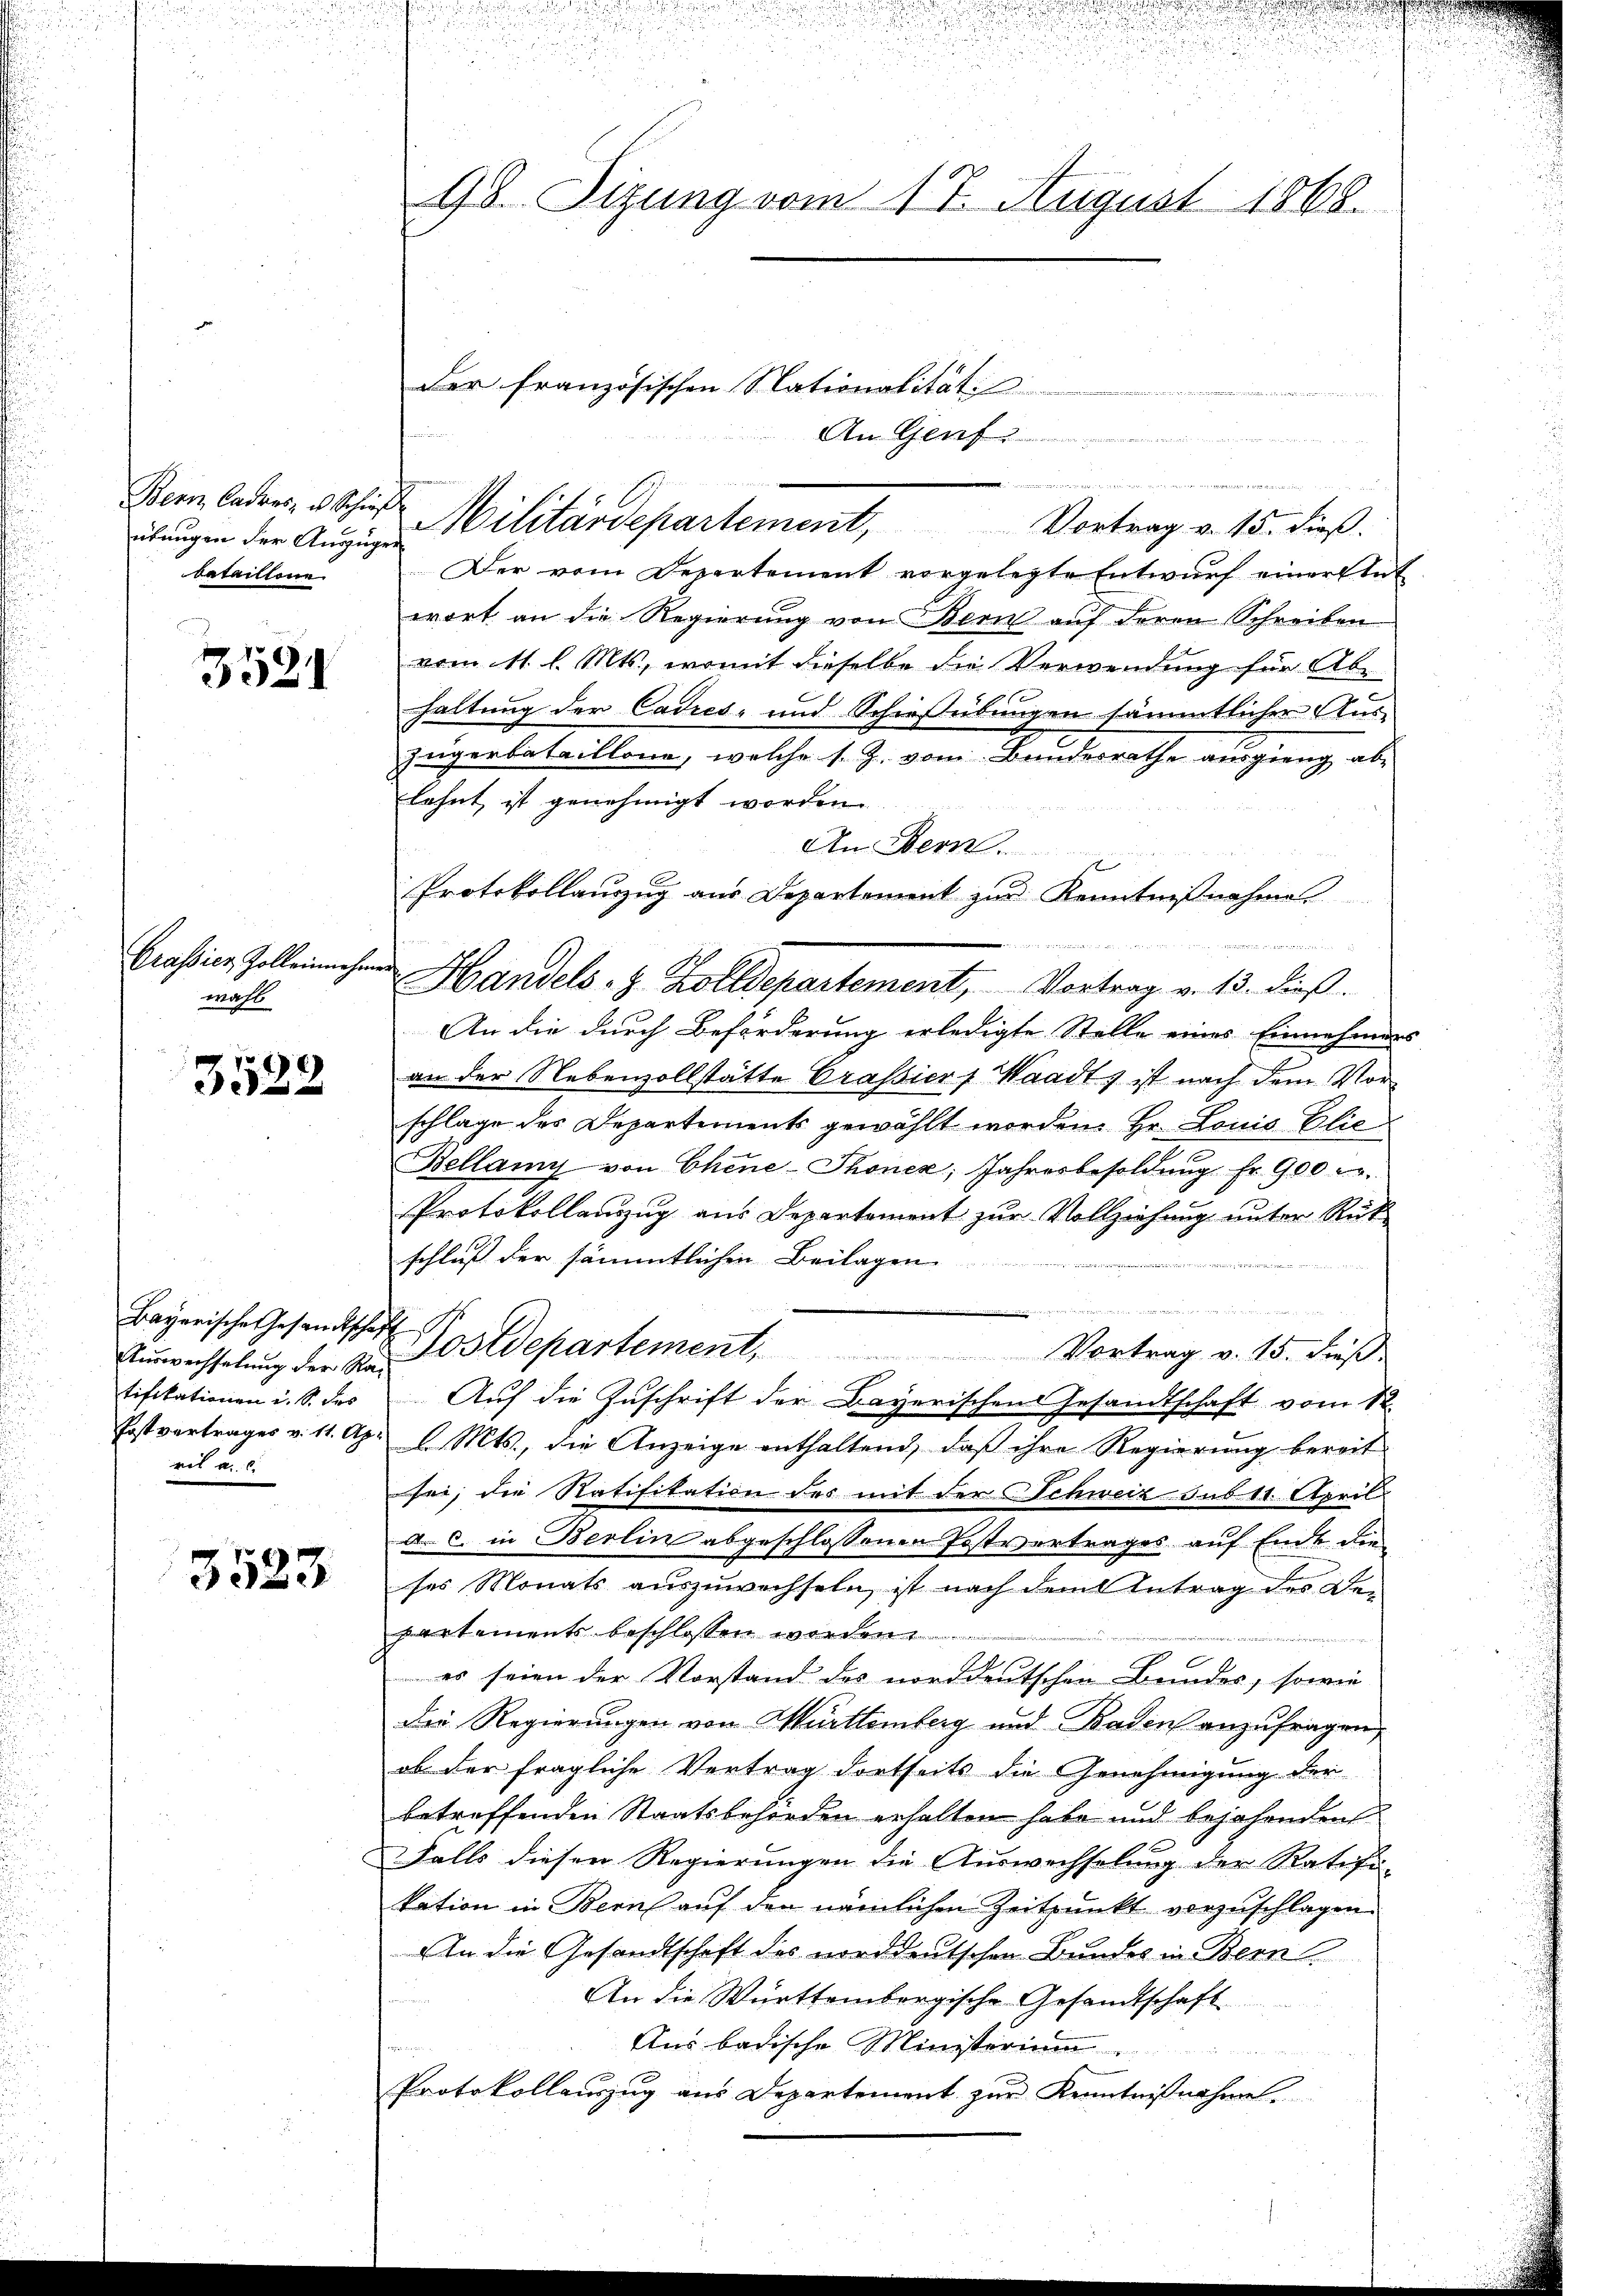
übungen der Auszüger
bataillone

3521

Grassies Zoll einnehm
wahl

3522

Bayerische Gesandtsche
Auswechselung der Ra
tifikationen u. S. des
Postvertrages v. 11. Apr
ril a. 0.

3523

98. Sizung vom 17. August 1868.

An Genf

Der vom Departement vorgelegte Entwurf einer Ant
wort an die Regierung von Bern aŭf deren Schreiben
vom 11. l. Mts., womit dieselbe die Verwendung für Abhaltung der Cadres- und Schießübungen sämmtlicher Ausjugerbataillone, welche s. Z. vom Bundesrathe ausgieng abe
lehnt, ist genehmigt worden.
An Bern.
Protokollauzug aus Departement zur Kenntnißnahme

t
Handels- & Zolldepartement, Vortrag v. 13. dieß.
An die durch Beförderung erledigte Stelle eines Einnahmen
an der Nebenzollstätte Grassiert Waadt, ist nach dem Vorschlage des Departements gewählt worden. Hr. Louis Elie
Bellamy von Chine-Thonez, Jahresbesoldŭng fr. 900 er
Protokollauszug aus Departement zur Vollziehung unter Rück
schluß der sämmtlichen Beilagen.
friedi

Postdepartement. Vortrag v. 15. dieβ.
Auf die Zuschrift der Bayerischen Gesandtschaft vom 12.
d. Mts., die Anzeige enthaltend, daß ihre Regierung bereit
sei, die Ratifikation des mit der Schweiz sub 11. April
A c. in Berlin abgeschlossenen Postvertrages auf Ende die
ses Monats auszuwachseln, ist nach dem Antrag des Den
partements beschlossen worden.
 es seien der Vorstand des norddeutschen Bundes, sowie
Das Regierungen von Württemberg und Baden anzufragen,
ob der fragliche Vertrag dortseits die Genehmigung der
betreffenden Staatsbehörden erhalten habe und bejahenden
Falls diesen Regierungen die Auswechselung der Ratifi-
kation in Bern auf den nämlichen Zeitpunkt vorzuschlagen.
An die Gesandtschaft des norddeutschen Bundes in Bern
An die Württembergische Gesandtschaft
Aus badische Ministerium
u
a
Protokollauszug aus Departement zur Kenntnißnahme.

Der französischen Nationalität
Bern laden, die Militärdepartement, Vortrag v. 15. dieβ.